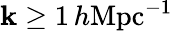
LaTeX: \mathbf{k}\geq1\, h\textrm{{Mpc}}{^{-1}}